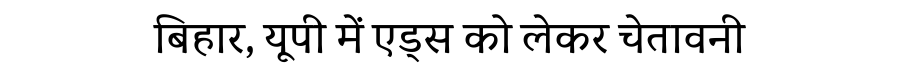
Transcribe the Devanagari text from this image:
बिहार, यूपी में एड्स को लेकर चेतावनी